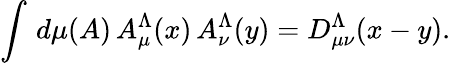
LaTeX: \int\, d\mu(A)\, A_{\mu}^{\Lambda}(x)\, A_{\nu}^{\Lambda}(y)=D_{\mu\nu}^{\Lambda}(x-y).